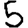
Digit: 5